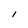
Character: l